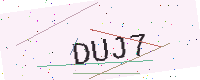
Text: DUJ7